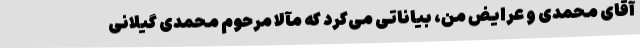
آقای محمدی و عرایض من، بیاناتی می‌کرد که مآلاً مرحوم محمدی گیلانی